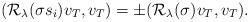
LaTeX: \begin{align*}(\mathcal{R}_\lambda(\sigma s_i) v_T,v_T)=\pm (\mathcal{R}_\lambda(\sigma) v_T,v_T).\end{align*}